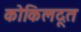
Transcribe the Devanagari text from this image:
कोकिलदूत